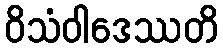
ဝိသံဝါဒေဿတိ